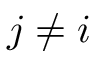
j \ne i